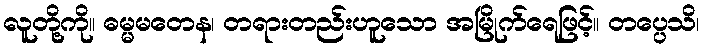
လူတို့ကို။ ဓမ္မမတေန၊ တရားတည်းဟူသော အမြိုက်ရေဖြင့်။ တပ္ပေသိ၊